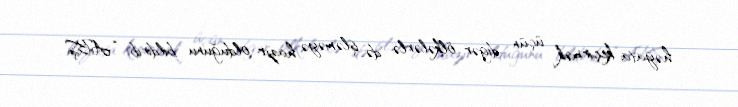
həyata keçirmək üçün digər ölkələrlə də işləməyə hazır olduğunu bildirib: “ABŞ